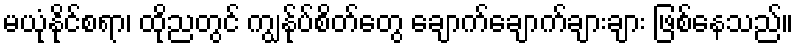
မယုံနိုင်စရာ၊ ထိုညတွင် ကျွန်ုပ်စိတ်တွေ ချောက်ချောက်ချားချား ဖြစ်နေသည်။